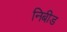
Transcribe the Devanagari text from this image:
निबीड